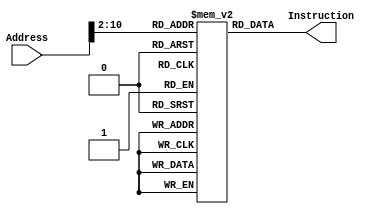
`timescale 1ns / 1ps

module InstructionMemory(Address, Instruction); 
    
    input [31:0] Address;        // Input Address 
    output reg [31:0] Instruction;    // Instruction at memory location Address
    reg [31:0] memory[0:500];
    reg [31:0] temp;
    
    initial begin
    memory[0] = 32'h0;//34040000 ; //	main:		ori	$a0, $zero, 0
    memory[1] = 32'h0 ; //            nop
    memory[2] = 32'h0 ; //            nop
    memory[3] = 32'h0 ; //            nop
    memory[4] = 32'h0 ; //            nop
    memory[5] = 32'h0 ; //            nop
    memory[6] = 32'h8000018 ; //            j    start
    memory[7] = 32'h0 ; //            nop
    memory[8] = 32'h0 ; //            nop
    memory[9] = 32'h0 ; //            nop
    memory[10] = 32'h0 ; //            nop
    memory[11] = 32'h0 ; //            nop
    memory[12] = 32'h2004000a ; //            addi    $a0, $zero, 10
    memory[13] = 32'h0 ; //            nop
    memory[14] = 32'h0 ; //            nop
    memory[15] = 32'h0 ; //            nop
    memory[16] = 32'h0 ; //            nop
    memory[17] = 32'h0 ; //            nop
    memory[18] = 32'h2004000a ; //            addi    $a0, $zero, 10
    memory[19] = 32'h0 ; //            nop
    memory[20] = 32'h0 ; //            nop
    memory[21] = 32'h0 ; //            nop
    memory[22] = 32'h0 ; //            nop
    memory[23] = 32'h0 ; //            nop
    memory[24] = 32'h8c900004 ; //    start:        lw    $s0, 4($a0)
    memory[25] = 32'h0 ; //            nop
    memory[26] = 32'h0 ; //            nop
    memory[27] = 32'h0 ; //            nop
    memory[28] = 32'h0 ; //            nop
    memory[29] = 32'h0 ; //            nop
    memory[30] = 32'h8c900008 ; //            lw    $s0, 8($a0)
    memory[31] = 32'h0 ; //            nop
    memory[32] = 32'h0 ; //            nop
    memory[33] = 32'h0 ; //            nop
    memory[34] = 32'h0 ; //            nop
    memory[35] = 32'h0 ; //            nop
    memory[36] = 32'hac900000 ; //            sw    $s0, 0($a0)
    memory[37] = 32'h0 ; //            nop
    memory[38] = 32'h0 ; //            nop
    memory[39] = 32'h0 ; //            nop
    memory[40] = 32'h0 ; //            nop
    memory[41] = 32'h0 ; //            nop
    memory[42] = 32'hac90000c ; //            sw    $s0, 12($a0)
    memory[43] = 32'h0 ; //            nop
    memory[44] = 32'h0 ; //            nop
    memory[45] = 32'h0 ; //            nop
    memory[46] = 32'h0 ; //            nop
    memory[47] = 32'h0 ; //            nop
    memory[48] = 32'h8c910000 ; //            lw    $s1, 0($a0)
    memory[49] = 32'h0 ; //            nop
    memory[50] = 32'h0 ; //            nop
    memory[51] = 32'h0 ; //            nop
    memory[52] = 32'h0 ; //            nop
    memory[53] = 32'h0 ; //            nop
    memory[54] = 32'h8c92000c ; //            lw    $s2, 12($a0)
    memory[55] = 32'h0 ; //            nop
    memory[56] = 32'h0 ; //            nop
    memory[57] = 32'h0 ; //            nop
    memory[58] = 32'h0 ; //            nop
    memory[59] = 32'h0 ; //            nop
    memory[60] = 32'h12000017 ; //            beq    $s0, $zero, branch1
    memory[61] = 32'h0 ; //            nop
    memory[62] = 32'h0 ; //            nop
    memory[63] = 32'h0 ; //            nop
    memory[64] = 32'h0 ; //            nop
    memory[65] = 32'h0 ; //            nop
    memory[66] = 32'h2008820 ; //            add    $s1, $s0, $zero
    memory[67] = 32'h0 ; //            nop
    memory[68] = 32'h0 ; //            nop
    memory[69] = 32'h0 ; //            nop
    memory[70] = 32'h0 ; //            nop
    memory[71] = 32'h0 ; //            nop
    memory[72] = 32'h1211000b ; //            beq    $s0, $s1, branch1
    memory[73] = 32'h0 ; //            nop
    memory[74] = 32'h0 ; //            nop
    memory[75] = 32'h0 ; //            nop
    memory[76] = 32'h0 ; //            nop
    memory[77] = 32'h0 ; //            nop
    memory[78] = 32'h8000140 ; //            j    error
    memory[79] = 32'h0 ; //            nop
    memory[80] = 32'h0 ; //            nop
    memory[81] = 32'h0 ; //            nop
    memory[82] = 32'h0 ; //            nop
    memory[83] = 32'h0 ; //            nop
    memory[84] = 32'h2010ffff ; //    branch1:    addi    $s0, $zero, -1
    memory[85] = 32'h0 ; //            nop
    memory[86] = 32'h0 ; //            nop
    memory[87] = 32'h0 ; //            nop
    memory[88] = 32'h0 ; //            nop
    memory[89] = 32'h0 ; //            nop
    memory[90] = 32'h601ffbd; //    32'h601ffbf mipshelper offset subtracted by 2            bgez    $s0, start
    memory[91] = 32'h0 ; //            nop
    memory[92] = 32'h0 ; //            nop
    memory[93] = 32'h0 ; //            nop
    memory[94] = 32'h0 ; //            nop
    memory[95] = 32'h0 ; //            nop
    memory[96] = 32'h22100001 ; //            addi    $s0, $s0, 1
    memory[97] = 32'h0 ; //            nop
    memory[98] = 32'h0 ; //            nop
    memory[99] = 32'h0 ; //            nop
    memory[100] = 32'h0 ; //            nop
    memory[101] = 32'h0 ; //            nop
    memory[102] = 32'h601000b ; //            bgez    $s0, branch2
    memory[103] = 32'h0 ; //            nop
    memory[104] = 32'h0 ; //            nop
    memory[105] = 32'h0 ; //            nop
    memory[106] = 32'h0 ; //            nop
    memory[107] = 32'h0 ; //            nop
    memory[108] = 32'h8000140 ; //            j    error
    memory[109] = 32'h0 ; //            nop
    memory[110] = 32'h0 ; //            nop
    memory[111] = 32'h0 ; //            nop
    memory[112] = 32'h0 ; //            nop
    memory[113] = 32'h0 ; //            nop
    memory[114] = 32'h2010ffff ; //    branch2:    addi    $s0, $zero, -1
    memory[115] = 32'h0 ; //            nop
    memory[116] = 32'h0 ; //            nop
    memory[117] = 32'h0 ; //            nop
    memory[118] = 32'h0 ; //            nop
    memory[119] = 32'h0 ; //            nop
    memory[120] = 32'h1e000019 ; //            ########### test: bgtz    $s0, branch3
    memory[121] = 32'h0; //             nop
    memory[122] = 32'h0 ; //            nop
    memory[123] = 32'h0 ; //            nop
    memory[124] = 32'h0 ; //            nop
    memory[125] = 32'h0 ; //            nop
    memory[126] = 32'h0 ; //            nop
    memory[127] = 32'h20100001 ; //            addi    $s0, $zero, 1
    memory[128] = 32'h0 ; //            nop
    memory[129] = 32'h0 ; //            nop
    memory[130] = 32'h0 ; //            nop
    memory[131] = 32'h0 ; //            nop
    memory[132] = 32'h0 ; //            nop
    memory[133] = 32'b00011110000000000000000000001100 ; //            ######## test: bgtz    $s0, branch3
    memory[134] = 32'h0; //             nop
    memory[135] = 32'h0 ; //            nop
    memory[136] = 32'h0 ; //            nop
    memory[137] = 32'h0 ; //            nop
    memory[138] = 32'h0 ; //            nop
    memory[139] = 32'h0 ; //            nop
    memory[140] = 32'h8000140 ; //            j    error
    memory[141] = 32'h0 ; //            nop
    memory[142] = 32'h0 ; //            nop
    memory[143] = 32'h0 ; //            nop
    memory[144] = 32'h0 ; //            nop
    memory[145] = 32'h0 ; //            nop
    memory[146] = 32'h6000017 ; //    branch3:    bltz    $s0, branch4
    memory[147] = 32'h0 ; //            nop
    memory[148] = 32'h0 ; //            nop
    memory[149] = 32'h0 ; //            nop
    memory[150] = 32'h0 ; //            nop
    memory[151] = 32'h0 ; //            nop
    memory[152] = 32'h2010ffff ; //            addi    $s0, $zero, -1
    memory[153] = 32'h0 ; //            nop
    memory[154] = 32'h0 ; //            nop
    memory[155] = 32'h0 ; //            nop
    memory[156] = 32'h0 ; //            nop
    memory[157] = 32'h0 ; //            nop
    memory[158] = 32'h600000b ; //            bltz    $s0, branch4
    memory[159] = 32'h0 ; //            nop
    memory[160] = 32'h0 ; //            nop
    memory[161] = 32'h0 ; //            nop
    memory[162] = 32'h0 ; //            nop
    memory[163] = 32'h0 ; //            nop
    memory[164] = 32'h8000140 ; //            j    error
    memory[165] = 32'h0 ; //            nop
    memory[166] = 32'h0 ; //            nop
    memory[167] = 32'h0 ; //            nop
    memory[168] = 32'h0 ; //            nop
    memory[169] = 32'h0 ; //            nop
    memory[170] = 32'h2011ffff ; //    branch4:    addi    $s1, $zero, -1
    memory[171] = 32'h0 ; //            nop
    memory[172] = 32'h0 ; //            nop
    memory[173] = 32'h0 ; //            nop
    memory[174] = 32'h0 ; //            nop
    memory[175] = 32'h0 ; //            nop
    memory[176] = 32'h16110011 ; //            bne    $s0, $s1, branch5
    memory[177] = 32'h0 ; //            nop
    memory[178] = 32'h0 ; //            nop
    memory[179] = 32'h0 ; //            nop
    memory[180] = 32'h0 ; //            nop
    memory[181] = 32'h0 ; //            nop
    memory[182] = 32'h1600000b ; //            bne    $s0, $zero, branch5
    memory[183] = 32'h0 ; //            nop
    memory[184] = 32'h0 ; //            nop
    memory[185] = 32'h0 ; //            nop
    memory[186] = 32'h0 ; //            nop
    memory[187] = 32'h0 ; //            nop
    memory[188] = 32'h8000140 ; //            j    error
    memory[189] = 32'h0 ; //            nop
    memory[190] = 32'h0 ; //            nop
    memory[191] = 32'h0 ; //            nop
    memory[192] = 32'h0 ; //            nop
    memory[193] = 32'h0 ; //            nop
    memory[194] = 32'h20100080 ; //    branch5:    addi    $s0, $zero, 128
    memory[195] = 32'h0 ; //            nop
    memory[196] = 32'h0 ; //            nop
    memory[197] = 32'h0 ; //            nop
    memory[198] = 32'h0 ; //            nop
    memory[199] = 32'h0 ; //            nop
    memory[200] = 32'ha0900000 ; //            sb    $s0, 0($a0)
    memory[201] = 32'h0 ; //            nop
    memory[202] = 32'h0 ; //            nop
    memory[203] = 32'h0 ; //            nop
    memory[204] = 32'h0 ; //            nop
    memory[205] = 32'h0 ; //            nop
    memory[206] = 32'h80900000 ; //            lb    $s0, 0($a0)
    memory[207] = 32'h0 ; //            nop
    memory[208] = 32'h0 ; //            nop
    memory[209] = 32'h0 ; //            nop
    memory[210] = 32'h0 ; //            nop
    memory[211] = 32'h0 ; //            nop
    memory[212] = 32'h1a00000b ; //            blez    $s0, branch6
    memory[213] = 32'h0 ; //            nop
    memory[214] = 32'h0 ; //            nop
    memory[215] = 32'h0 ; //            nop
    memory[216] = 32'h0 ; //            nop
    memory[217] = 32'h0 ; //            nop
    memory[218] = 32'h8000140 ; //            j    error
    memory[219] = 32'h0 ; //            nop
    memory[220] = 32'h0 ; //            nop
    memory[221] = 32'h0 ; //            nop
    memory[222] = 32'h0 ; //            nop
    memory[223] = 32'h0 ; //            nop
    memory[224] = 32'h2010ffff ; //    branch6:    addi    $s0, $zero, -1
    memory[225] = 32'h0 ; //            nop
    memory[226] = 32'h0 ; //            nop
    memory[227] = 32'h0 ; //            nop
    memory[228] = 32'h0 ; //            nop
    memory[229] = 32'h0 ; //            nop
    memory[230] = 32'ha4900000 ; //            sh    $s0, 0($a0)
    memory[231] = 32'h0 ; //            nop
    memory[232] = 32'h0 ; //            nop
    memory[233] = 32'h0 ; //            nop
    memory[234] = 32'h0 ; //            nop
    memory[235] = 32'h0 ; //            nop
    memory[236] = 32'h20100000 ; //            addi    $s0, $zero, 0
    memory[237] = 32'h0 ; //            nop
    memory[238] = 32'h0 ; //            nop
    memory[239] = 32'h0 ; //            nop
    memory[240] = 32'h0 ; //            nop
    memory[241] = 32'h0 ; //            nop
    memory[242] = 32'h84900000 ; //            lh    $s0, 0($a0)
    memory[243] = 32'h0 ; //            nop
    memory[244] = 32'h0 ; //            nop
    memory[245] = 32'h0 ; //            nop
    memory[246] = 32'h0 ; //            nop
    memory[247] = 32'h0 ; //            nop
    memory[248] = 32'h1a00000b ; //            blez    $s0, branch7
    memory[249] = 32'h0 ; //            nop
    memory[250] = 32'h0 ; //            nop
    memory[251] = 32'h0 ; //            nop
    memory[252] = 32'h0 ; //            nop
    memory[253] = 32'h0 ; //            nop
    memory[254] = 32'h8000140 ; //            j    error
    memory[255] = 32'h0 ; //            nop
    memory[256] = 32'h0 ; //            nop
    memory[257] = 32'h0 ; //            nop
    memory[258] = 32'h0 ; //            nop
    memory[259] = 32'h0 ; //            nop
    memory[260] = 32'h2010ffff ; //    branch7:    addi    $s0, $zero, -1
    memory[261] = 32'h0 ; //            nop
    memory[262] = 32'h0 ; //            nop
    memory[263] = 32'h0 ; //            nop
    memory[264] = 32'h0 ; //            nop
    memory[265] = 32'h0 ; //            nop
    memory[266] = 32'h3c100001 ; //            lui    $s0, 1
    memory[267] = 32'h0 ; //            nop
    memory[268] = 32'h0 ; //            nop
    memory[269] = 32'h0 ; //            nop
    memory[270] = 32'h0 ; //            nop
    memory[271] = 32'h0 ; //            nop
    memory[272] = 32'h601000b ; //            bgez    $s0, branch8
    memory[273] = 32'h0 ; //            nop
    memory[274] = 32'h0 ; //            nop
    memory[275] = 32'h0 ; //            nop
    memory[276] = 32'h0 ; //            nop
    memory[277] = 32'h0 ; //            nop
    memory[278] = 32'h8000140 ; //            j    error
    memory[279] = 32'h0 ; //            nop
    memory[280] = 32'h0 ; //            nop
    memory[281] = 32'h0 ; //            nop
    memory[282] = 32'h0 ; //            nop
    memory[283] = 32'h0 ; //            nop
    memory[284] = 32'h8000128 ; //    branch8:    j    jump1
    memory[285] = 32'h0 ; //            nop
    memory[286] = 32'h0 ; //            nop
    memory[287] = 32'h0 ; //            nop
    memory[288] = 32'h0 ; //            nop
    memory[289] = 32'h0 ; //            nop
    memory[290] = 32'h2210fffe ; //            addi    $s0, $s0, -2
    memory[291] = 32'h0 ; //            nop
    memory[292] = 32'h0 ; //            nop
    memory[293] = 32'h0 ; //            nop
    memory[294] = 32'h0 ; //            nop
    memory[295] = 32'h0 ; //            nop
    memory[296] = 32'hc000134 ; //    jump1:        jal    jal1
    memory[297] = 32'h0 ; //            nop
    memory[298] = 32'h0 ; //            nop
    memory[299] = 32'h0 ; //            nop
    memory[300] = 32'h0 ; //            nop
    memory[301] = 32'h0 ; //            nop
    memory[302] = 32'h8000018 ; //            j    start
    memory[303] = 32'h0 ; //            nop
    memory[304] = 32'h0 ; //            nop
    memory[305] = 32'h0 ; //            nop
    memory[306] = 32'h0 ; //            nop
    memory[307] = 32'h0 ; //            nop
    memory[308] = 32'h0 ; //            nop
    memory[309] = 32'h0 ; //            nop
    memory[310] = 32'h3e00008 ; //    jal1:        jr    $ra
    memory[311] = 32'h0 ; //            nop
    memory[312] = 32'h0 ; //            nop
    memory[313] = 32'h0 ; //            nop
    memory[314] = 32'h0 ; //            nop
    memory[315] = 32'h0 ; //            nop
    memory[316] = 32'h8000140 ; //            j    error
    memory[317] = 32'h0 ; //            nop
    memory[318] = 32'h0 ; //            nop
    memory[319] = 32'h0 ; //            nop
    memory[320] = 32'h0 ; //            nop
    memory[321] = 32'h0 ; //            nop
    memory[322] = 32'h8 ; //    error:        jr    $zero
    memory[323] = 32'h0 ; //            nop
    memory[324] = 32'h0 ; //            nop
    memory[325] = 32'h0 ; //            nop
    memory[326] = 32'h0 ; //            nop
    memory[327] = 32'h0 ; //            nop
    end
    
    always @(Address) begin
        temp = Address >> 2;
        Instruction <= memory[temp];
    end

endmodule